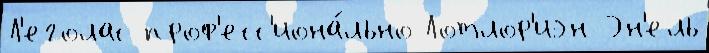
Л'еголас проф'есс'иона́льно Лотлор'иэн Эн'ель